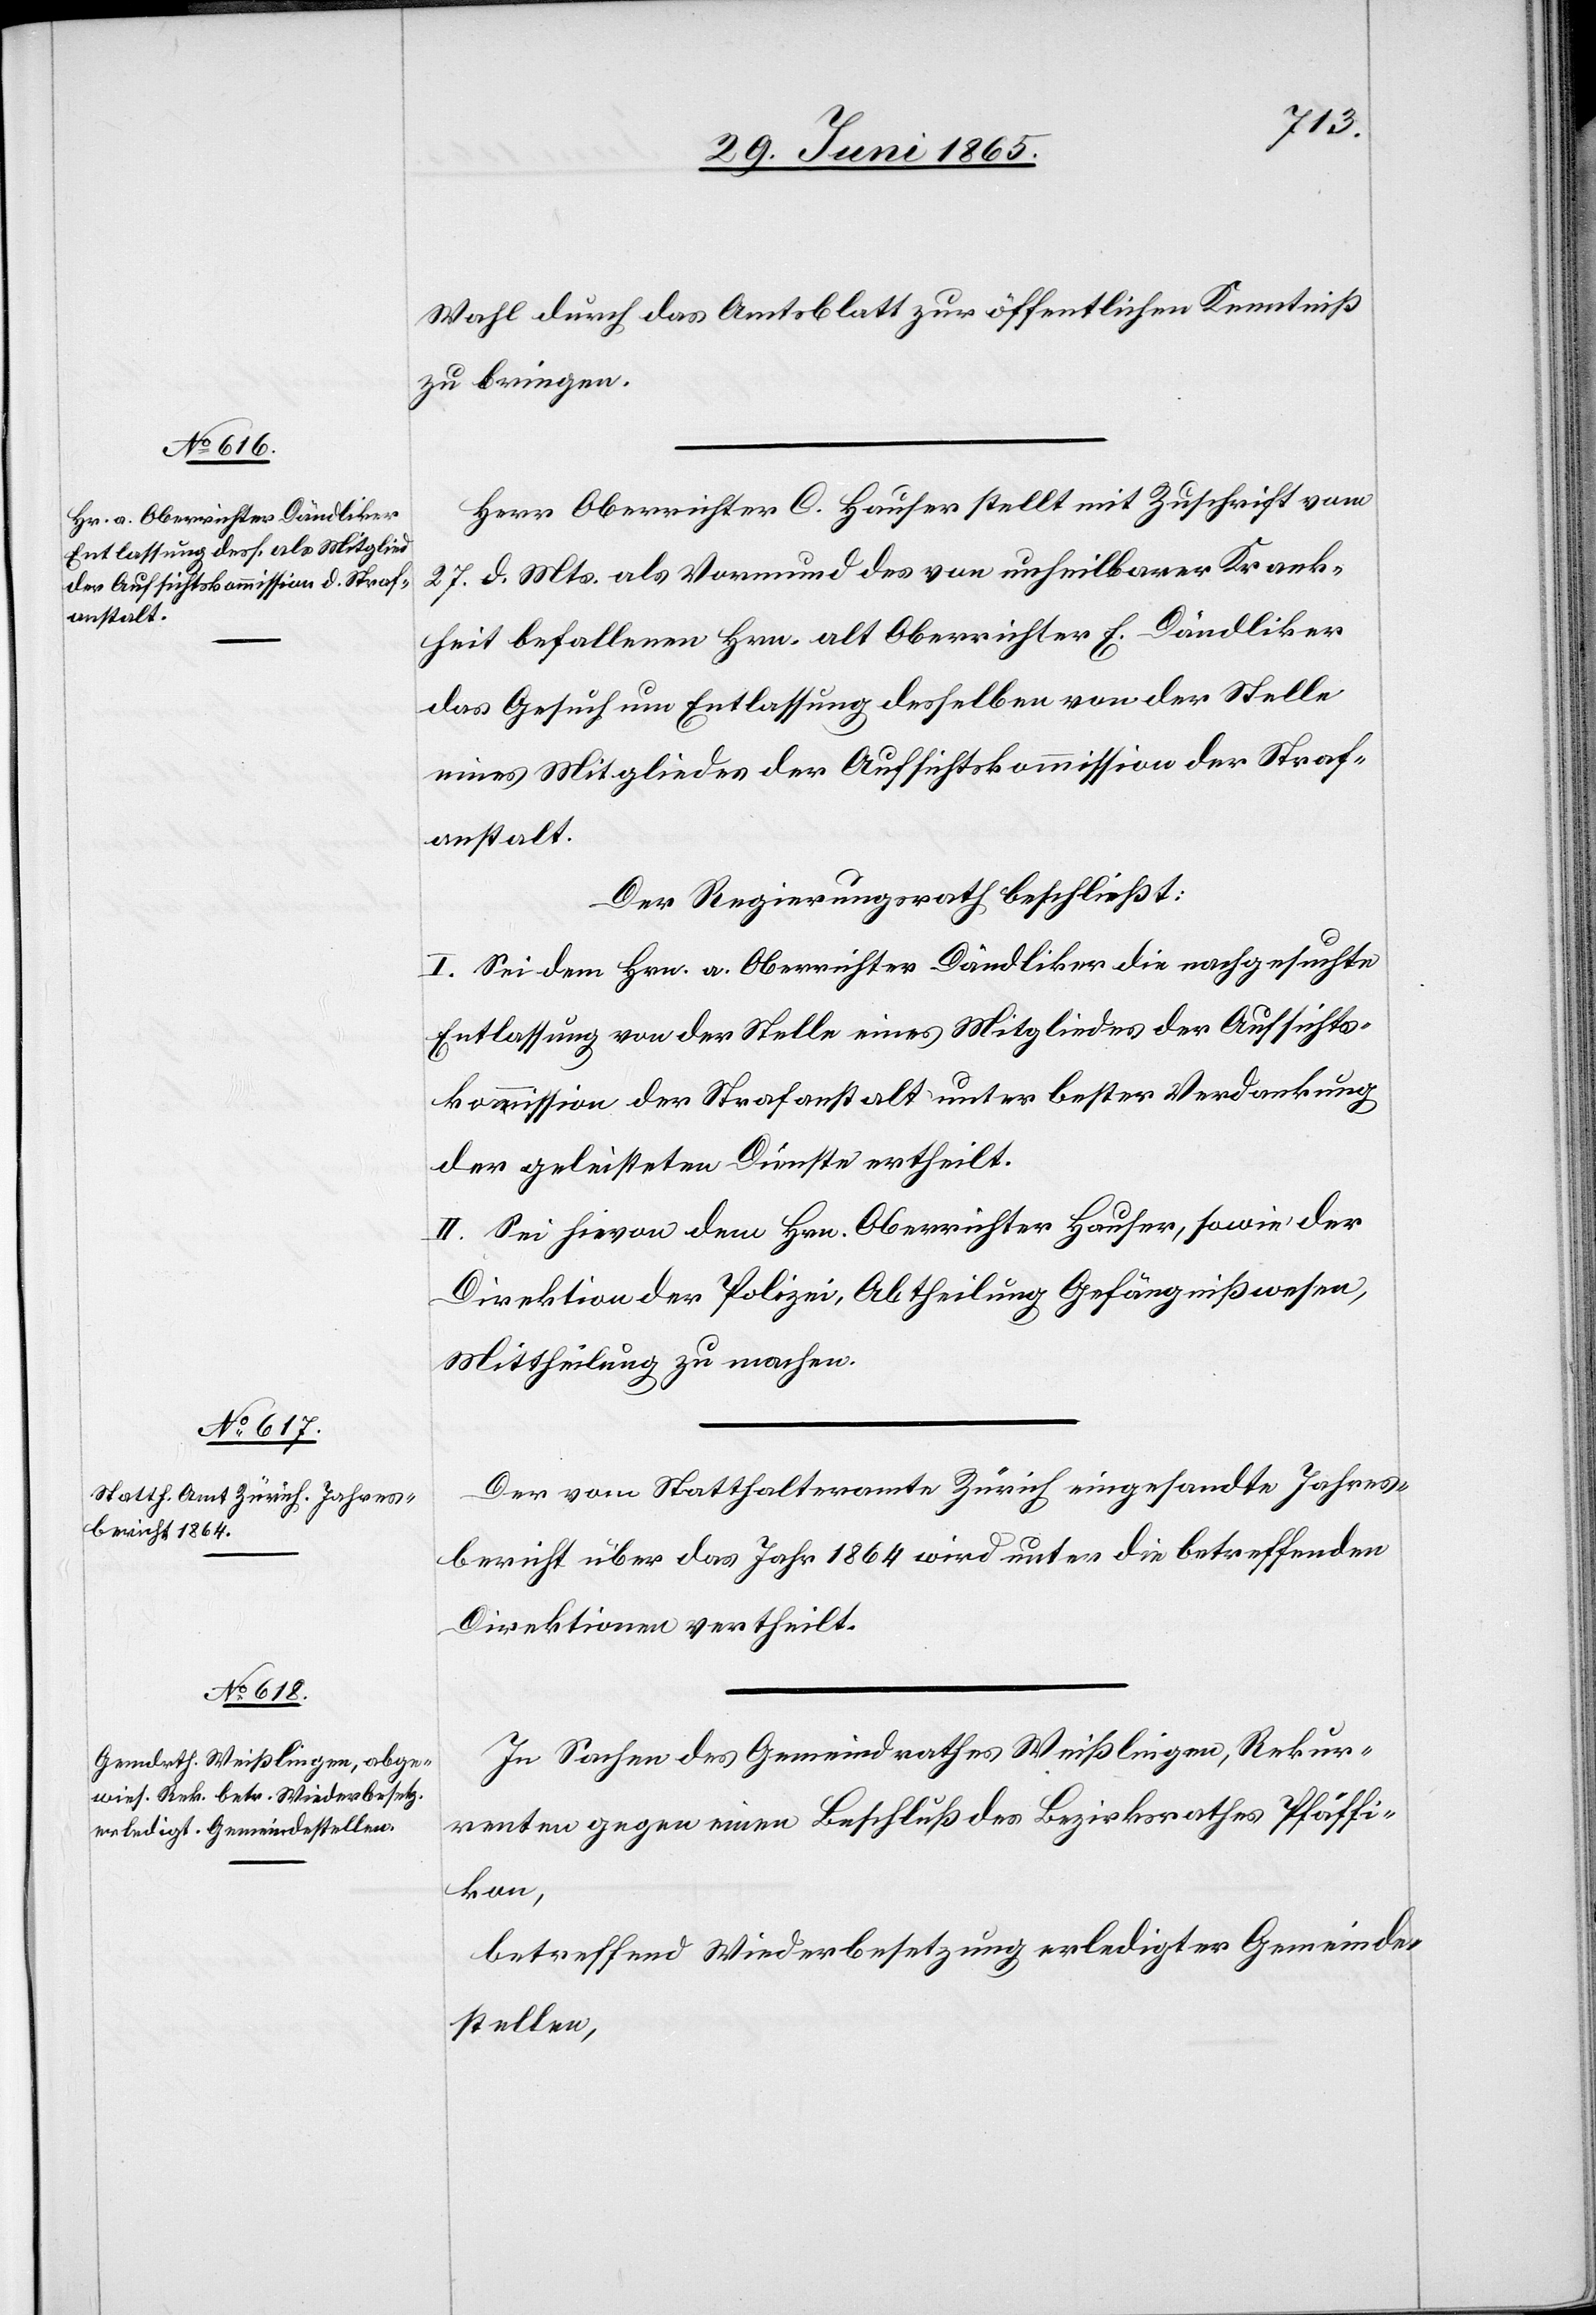
Wahl durch das Amtsblatt zur öffentlichen Kenntniß
zu bringen.
Herr Oberrichter C. Hauser stellt mit Zuschrift vom
27. d. Mts. als Vormund des von unheilbarer Krank¬
heit befallenen Hrn. alt Oberrichter E. Dändliker
das Gesuch um Entlassung desselben von der Stelle
eines Mitgliedes der Aufsichtskommission der Straf¬
anstalt.
Der Regierungsrath beschließt:
I. Sei dem Hrn. a. Oberrichter Dändliker die nachgesuchte
Entlassung von der Stelle eines Mitgliedes der Aufsichts¬
kommission der Strafanstalt unter bester Verdankung
der geleisteten Dienste ertheilt.
II. Sei hievon dem Hrn. Oberrichter Hauser, sowie der
Direktion der Polizei, Abtheilung Gefängnißwesen,
Mittheilung zu machen.
Der vom Statthalteramte Zürich eingesandte Jahres¬
bericht über das Jahr 1864 wird unter die betreffenden
Direktionen vertheilt.
In Sachen des Gemeindrathes Weißlingen, Rekur¬
renten gegen einen Beschluß des Bezirksrath Pfäffi¬
kon,
betreffend Wiederbesetzung erledigter Gemeinde¬
stellen,